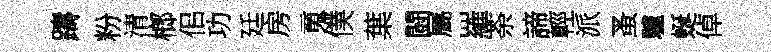
躊粉清榔佀功廷房䰟僕葉闘屬羅荼諦輕派蚤驢蜒倬